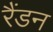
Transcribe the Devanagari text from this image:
रैंडन